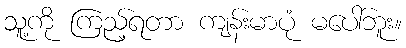
သူ့ကို ကြည့်ရတာ ကျန်းမာပုံ မပေါ်ဘူး။